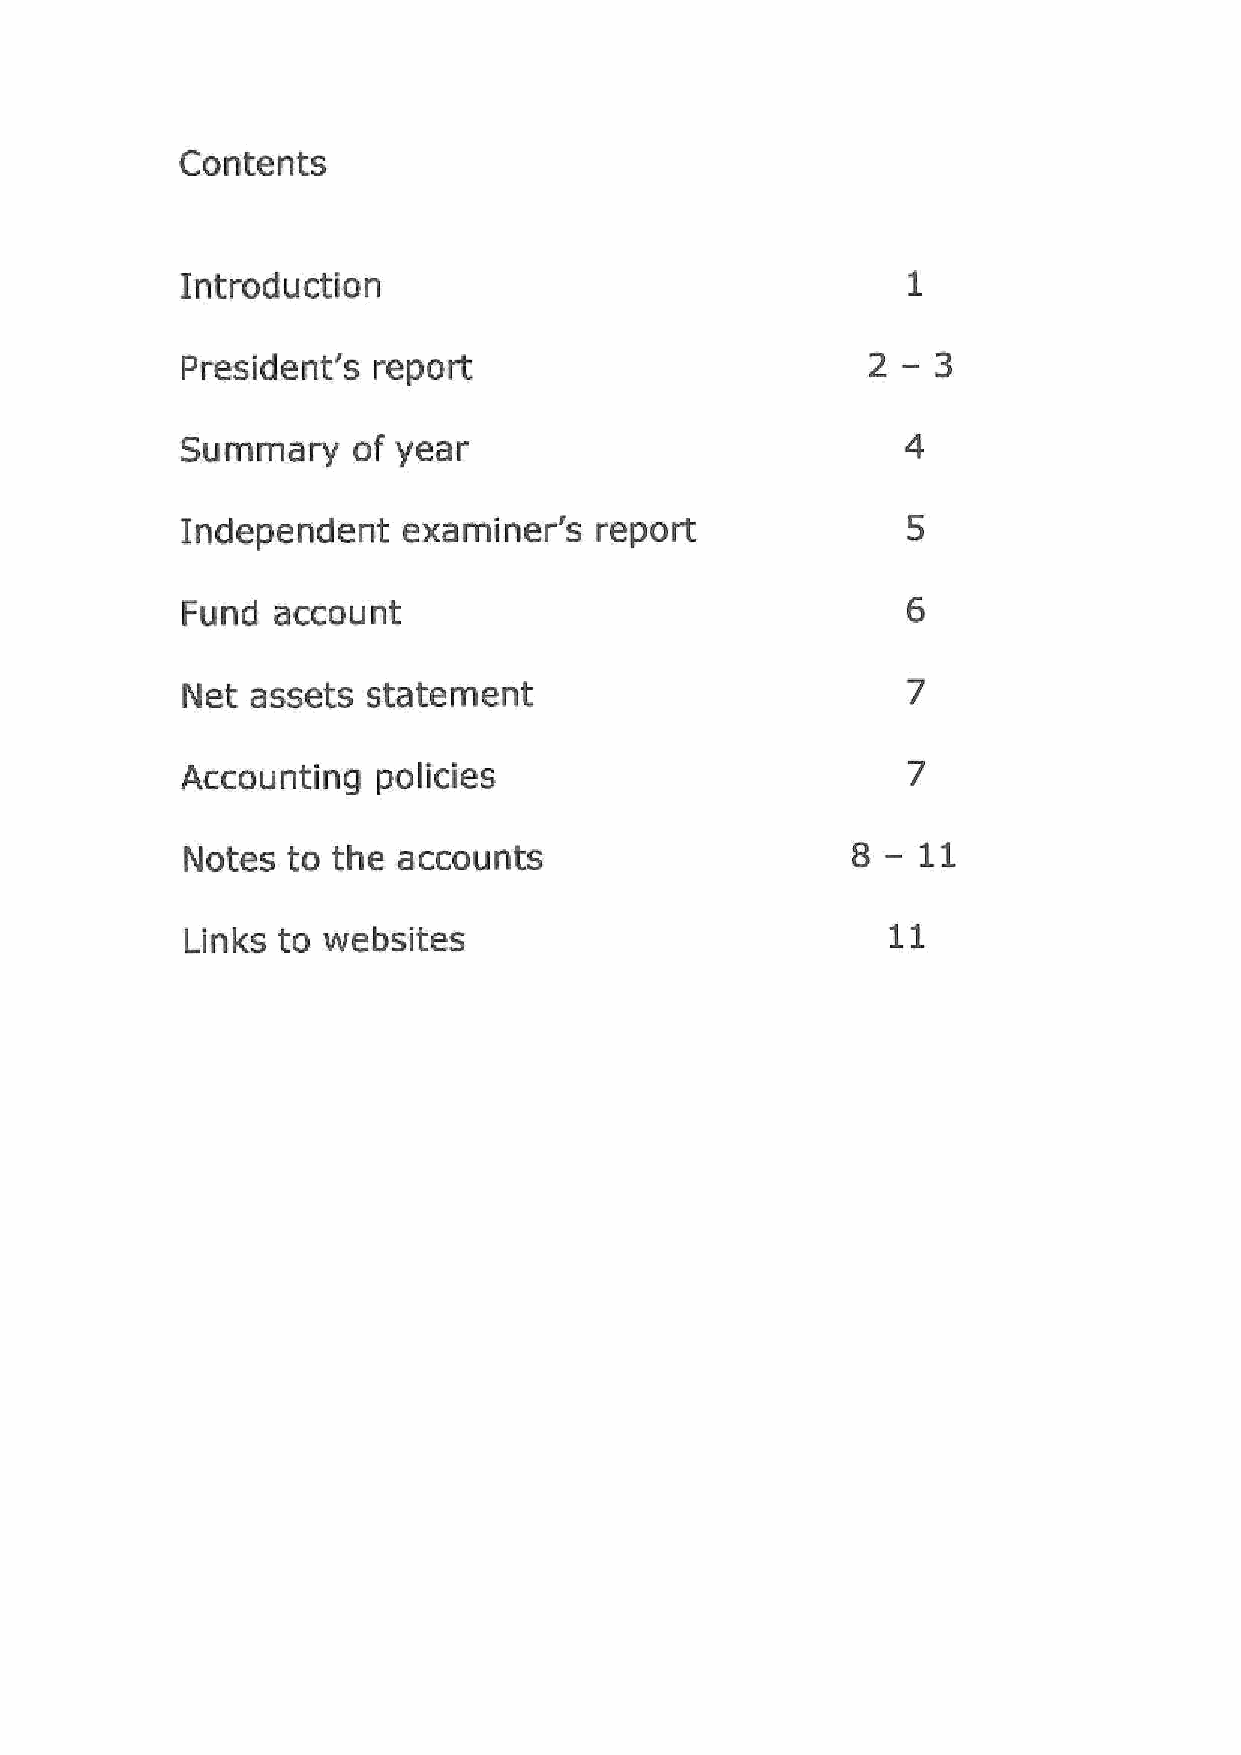
Contents
 Introduction
 President's  report
 of year
 Summary
 Independent    examiner's  report
 Fund  account
 Net  assets statement
 Accounting   policies
 Notes  to the accounts
 Links to websites